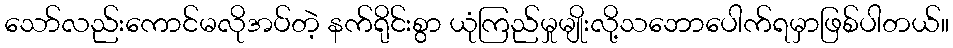
သော်လည်းကောင်မလိုအပ်တဲ့ နက်ရိုင်းစွာ ယုံကြည်မှုမျိုးလို့သဘောပေါက်ရမှာဖြစ်ပါတယ်။